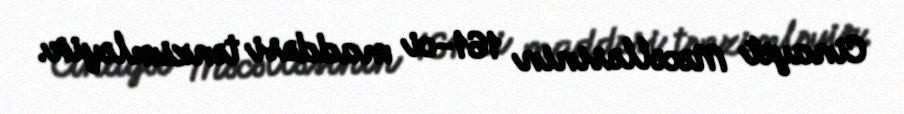
Cinayət Məcəlləsinin 161-ci maddəsi tənzimləyir.